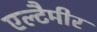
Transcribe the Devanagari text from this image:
एल्टैमीर